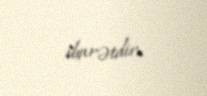
ibarətdir.